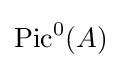
\operatorname {Pic} ^{0}(A)